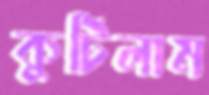
কুটিলাম